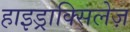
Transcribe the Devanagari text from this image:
हाइड्राक्सिलेज़